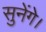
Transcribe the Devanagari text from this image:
सुनेंगे।